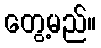
တွေ့မည်။